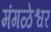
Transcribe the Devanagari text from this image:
मंगळेश्वर